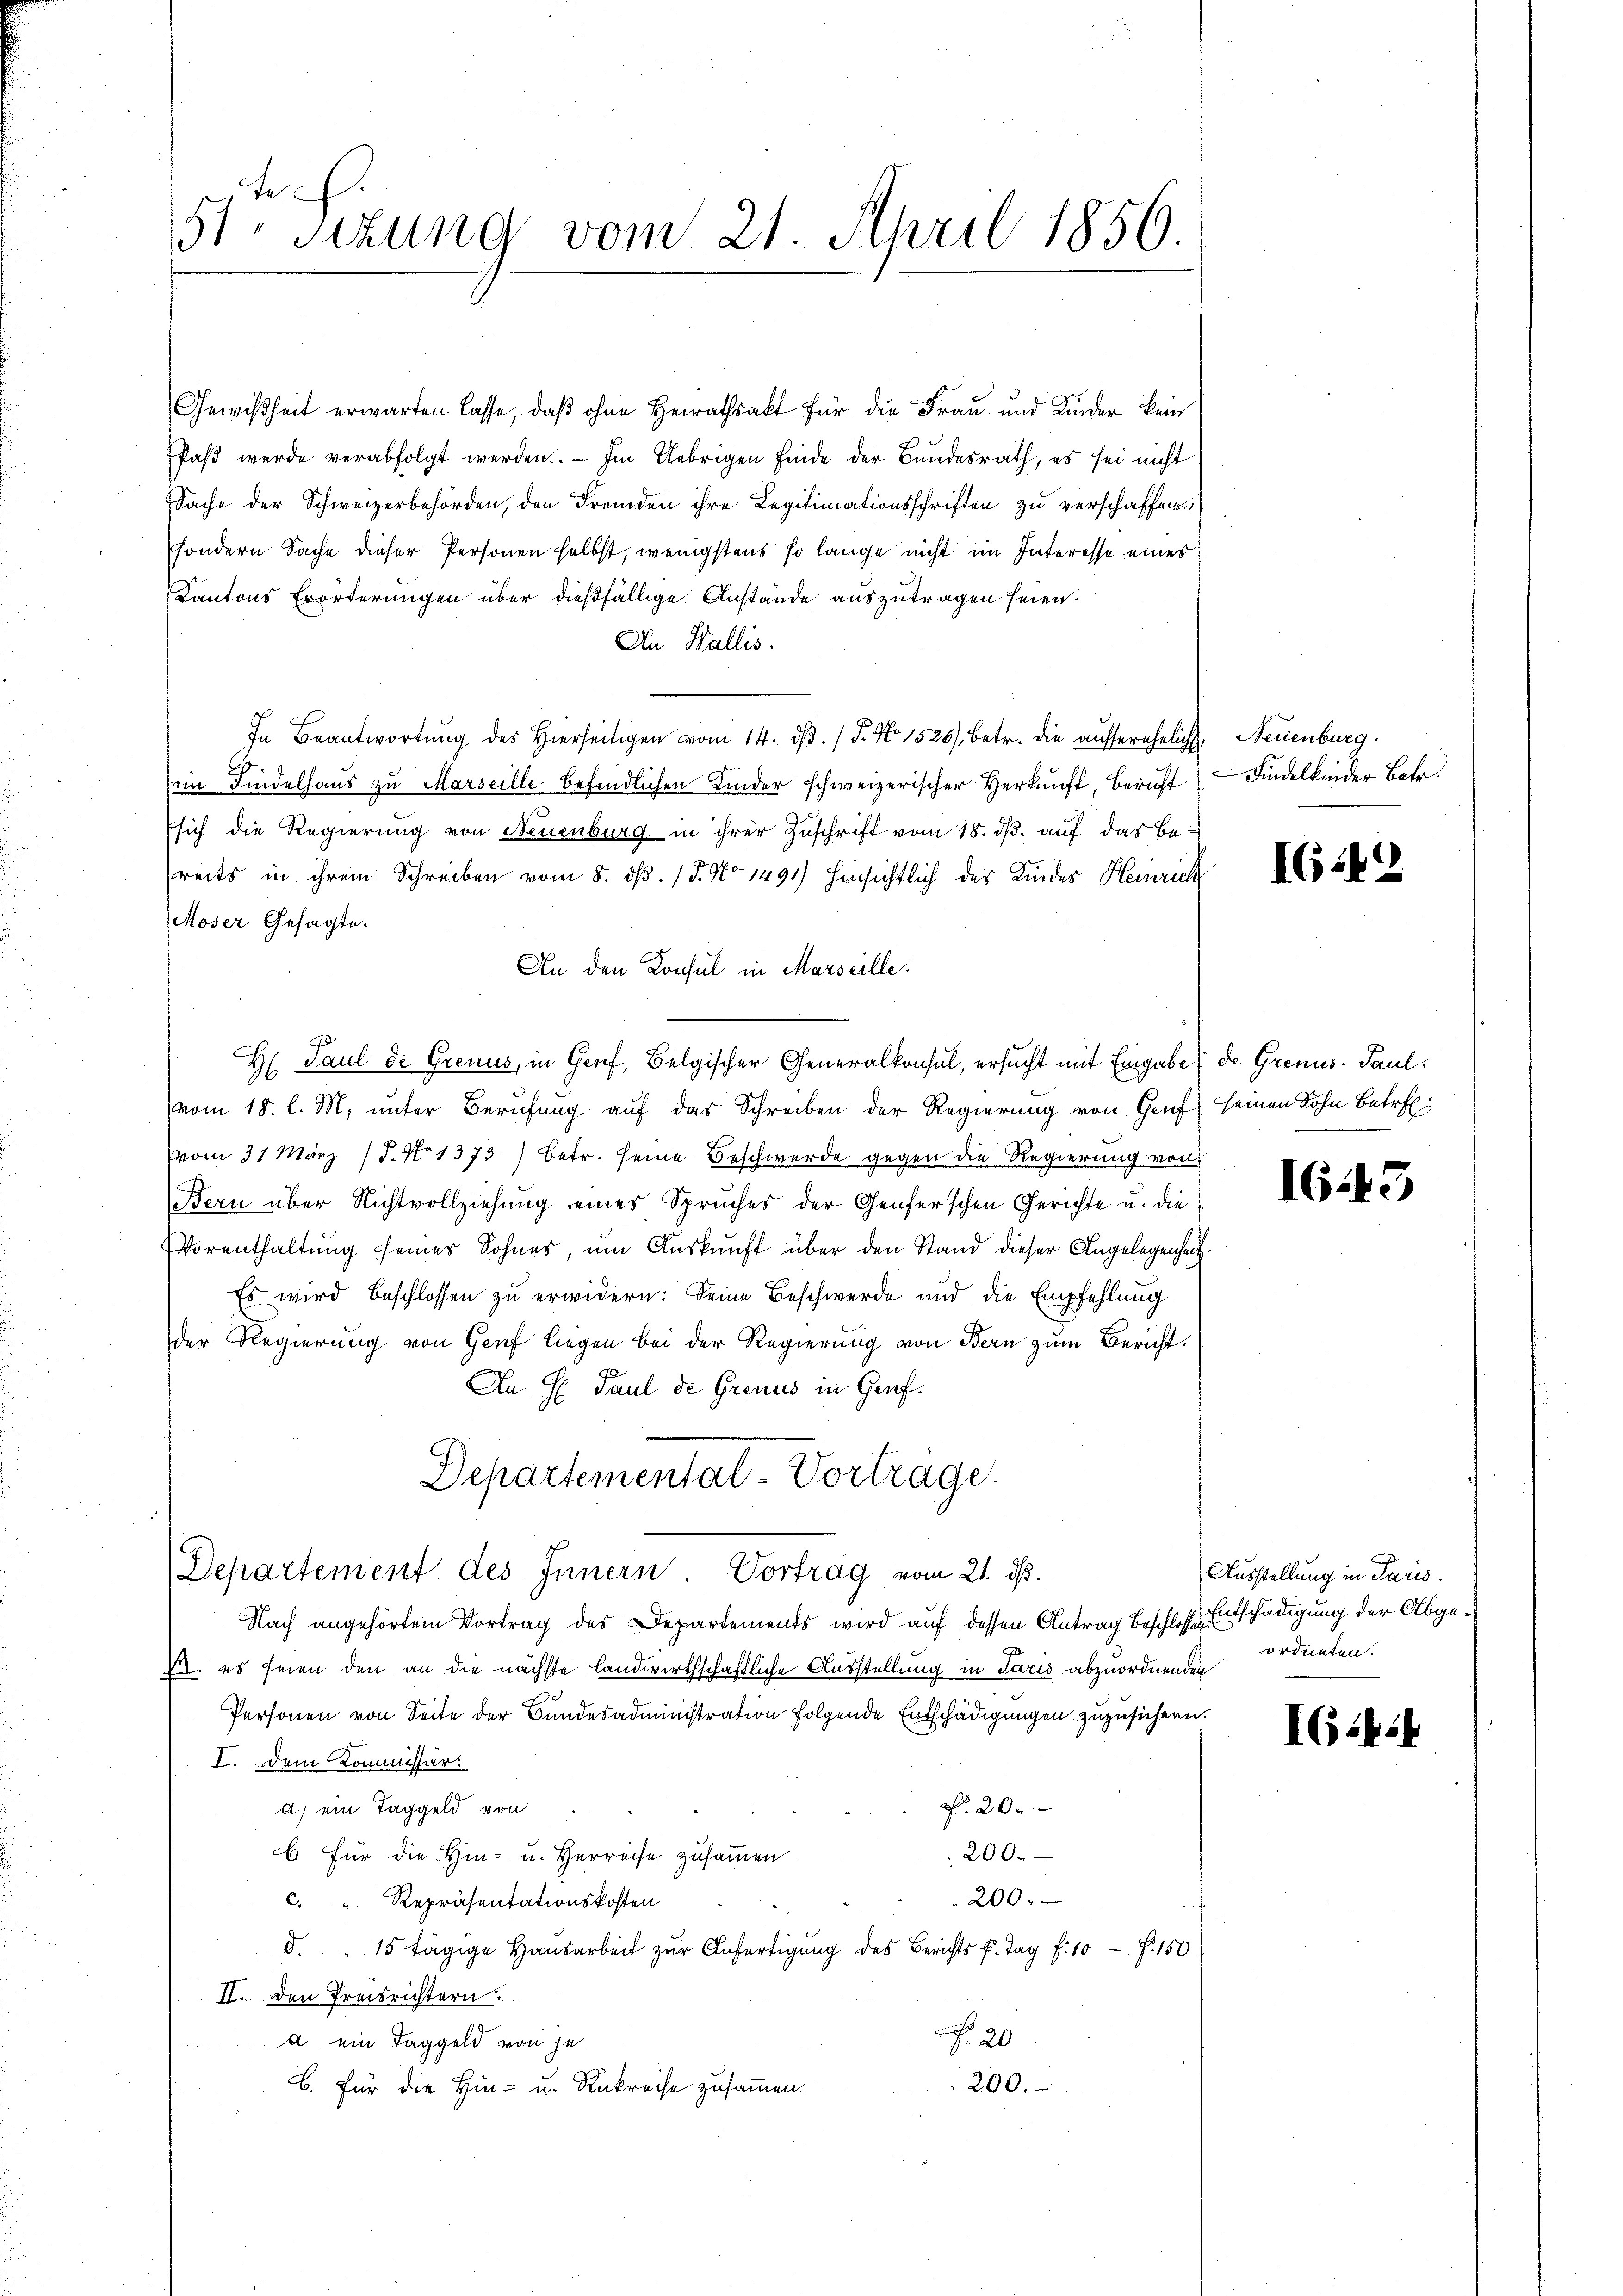
te
5te Sitzung vom 21. April 1856.

Gewißheit erwarten lasse, daß ohne Heirathsakt für die Frau und Kinder kein
Paβ werde verabfolgt werden. — Im Uebrigen finde der Bundesrath, es sei nicht
Sache der Schweizerbehörden, den Fremden ihre Legitimationsschriften zu verschaffen
sondern Sache dieser Personen selbst, wenigstens so lange nicht im Interesse eines
Kantons Erörterungen über dießfällige Anstände auszutragen seien.
An. Wallis.
In Beantwortŭng des hierseitigen vom 14. dβ. / 5. No 1526 betr. die aŭferehelich
im Findelhaus zu Marseille befindlichen Kinder schweizerischer Herkunft, Bericht
sich die Regierung von Neuenburg in ihrer Zuschrift vom 18. ds. auf das bereits in ihrem Schreiben vom 8. ds. (T. No 1491) hinsichtlich der Kindes Heinrich
Moser Gesagte.
An den Konsul in Marseille.
H Paul de Grenus, in Genf, Belgischer Generalkonsul, ersucht mit Eingabe de Grenus - Paul.
vom 18. l. M. unter Berufung auf das Schreiben der Regierung von Genf seinen Sohn Betref
Vvom 31. März 17. No 1373) betr. seine Beschwerde gegen die Regierung von
Bern über Nichtvollziehung eines Spruches der Genferschen Gerichte u. die
Vorenthaltung seiner Sohnes, um Auskunft über den Stand dieser Angelegenheit¬
Es wird beschlossen zu erwidern: Seine Beschwerde und die Empfehlung
der Regierung von Genf liegen bei der Regierung von Bern zum Bericht.
An H. Paul de Grenus in Genf.
Departementat-Vortrage.

Departement des Innern Vortrag vom 21. ds.

Nach angehörten Vortrag des Departemends wird auf dessen Antrag beschloss Entschädigung der Abge¬
1. es seien den an die nächste landwirthschaftliche Ausstellung in Paris abzuordnenden
Personen von Seite der Bundesadministration folgende Entschädigungen zuzusichern.
I. Dem Kommissär
Nr. 20.
a) ein Taggeld von
200.
6 für die Hin- u. Herreise zusammen.
200.
c. " Repräsentationskosten
d. " 15 tägige Hausarbeit zur Anfertigung des Berichts u. Tag f. 10 f. 150
II. Den Preisrichtern
R. 20
d ein Taggeld von je
200.
B. Für die Hin- u. Rükreise zusammen.

Neuenburg.
Findelkinder Betr.

IG.42

16.)

15.

Ausstellung in Paris.
ordneten.

I